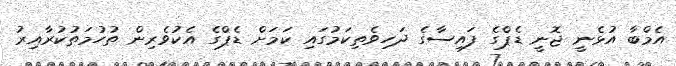
އެމްބާ އުޅެނީ ޖޮނީ ޑެޕްގެ ފައިސާގެ ދަހިވެތިކަމުގައި ކަމަށް ޑެޕްގެ އެކުވެރިން ތުހުމަތުކުރާއިރު